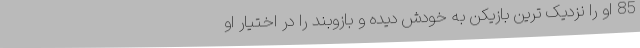
85 او را نزدیک ترین بازیکن به خودش دیده و بازوبند را در اختیار او